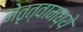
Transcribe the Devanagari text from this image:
नेतृत्वामध्ये